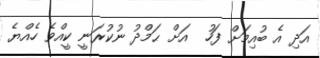
އަދި އެ ބުއިމަށް ފަހު  އަށް ޙަމްދު ނުކުރަނީ ކީއްވެ ހެއްޔެ